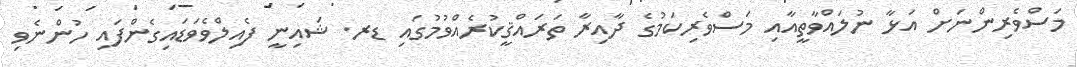
މަސްވެރިންނަށް އަޅާ ނުލައްވާތީއާއި މަސްވެރިކަމުގެ ދާއިރާ ތަރައްޤީކުރެއްވުމުގައި ޑރ. ޝައިނީ ފެއިލްވެވަޑައިގެންފައި ހުންނެވި